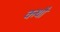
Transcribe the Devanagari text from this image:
कथौ